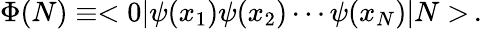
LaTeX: \Phi(N)\equiv<0\vert\psi(x_{1})\psi(x_{2})\cdots\psi(x_{N})\vert N>\, .